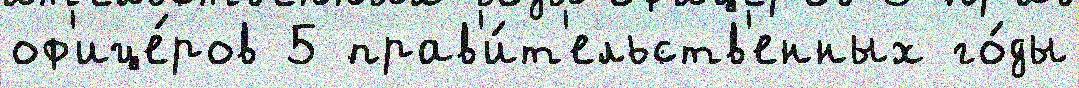
оф'ице́ров 5 прав'и́т'ельств'енных го́ды